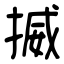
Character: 搣